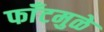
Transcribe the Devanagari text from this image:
फाँटमुळे